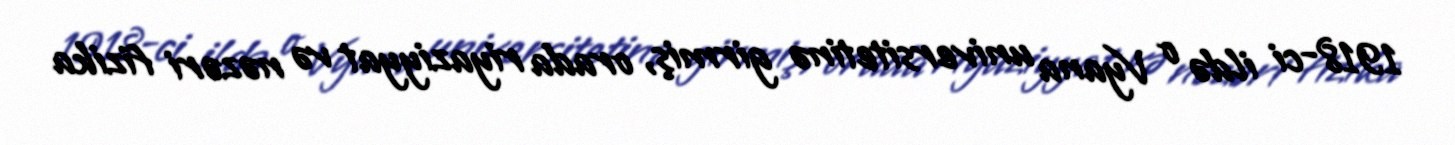
1918-ci ildə o Vyana universitetinə girmiş, orada riyaziyyat və nəzəri fizika